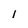
Character: I